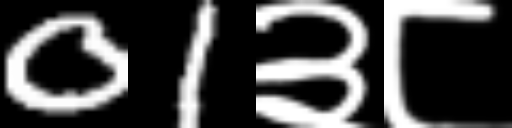
Text: 01३८